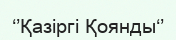
‘’Қазіргі Қоянды‘’